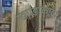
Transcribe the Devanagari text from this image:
खण्डाकाव्य